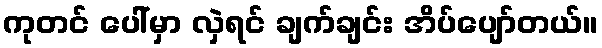
ကုတင် ပေါ်မှာ လှဲရင် ချက်ချင်း အိပ်ပျော်တယ်။